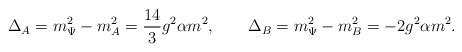
LaTeX: \begin{align*} \Delta_A=m_\Psi^2-m_A^2=\frac{14}{3}g^2\alpha m^2,\qquad \Delta_B=m_\Psi^2-m_B^2=-2g^2\alpha m^2.\end{align*}